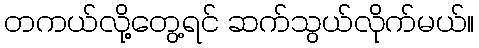
တကယ်လို့တွေ့ရင် ဆက်သွယ်လိုက်မယ်။